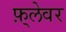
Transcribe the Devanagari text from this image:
फ़्लेवर